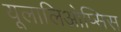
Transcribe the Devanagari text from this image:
यूलालिओप्सिस